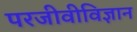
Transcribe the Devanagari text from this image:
परजीवीविज्ञान